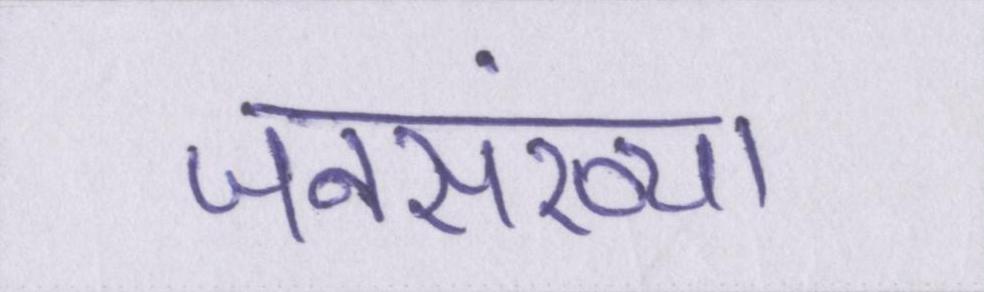
जनसंख्या